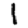
Digit: 1